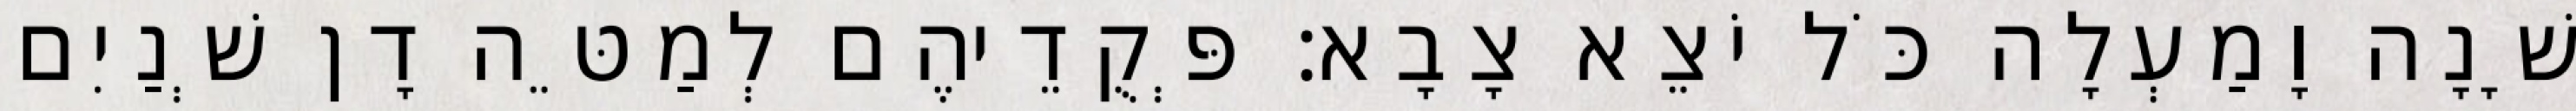
שָׁנָה וָמַעְלָה כֹּל יֹצֵא צָבָא׃ פְּקֻדֵיהֶם לְמַטֵּה דָן שְׁנַיִם